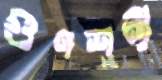
গুণশূন্য